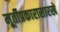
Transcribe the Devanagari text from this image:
मूर्तीप्रकारासारखे